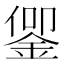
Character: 𬫜